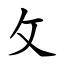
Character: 攵